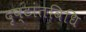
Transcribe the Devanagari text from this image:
दृष्टांतविधि